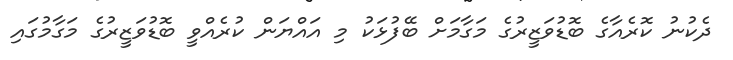
ދެކުނު ކޮރެއާގެ ބޮޑުވަޒީރުގެ މަގާމަށް ބޭފުޅަކު މި އައްޔަން ކުރެއްވީ ބޮޑުވަޒީރުގެ މަގާމުގައި